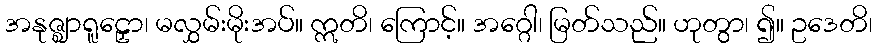
အနုဇ္ဈာရူဠှော၊ မလွှမ်းမိုးအပ်။ ဣတိ၊ ကြောင့်။ အဂ္ဂေါ၊ မြတ်သည်။ ဟုတွာ၊ ၍။ ဥဒေတိ၊